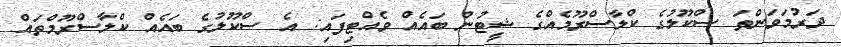
ދަރުމަވަންތަ ސްކޫލުގެ ކްލާސްރޫމެއްގެ ޝީޓުން ބައެއް ވެއްޓިފައި: އެ ސްކޫލުގެ ބައެއް ކްލާސްރޫމްތައް